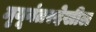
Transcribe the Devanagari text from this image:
मृयूनंतरदेखील